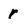
Character: r